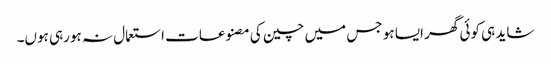
شاید ہی کوئی گھر ایسا ہو جس میں چین کی مصنوعات استعمال نہ ہورہی ہوں۔